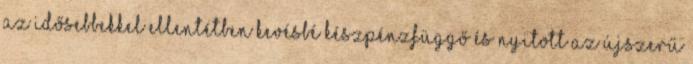
az idősebbekkel ellentétben kevésbé készpénzfüggő és nyitott az újszerű